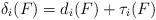
LaTeX: \begin{align*}\delta_i(F) = d_i(F) + \tau_i(F)\end{align*}